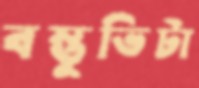
বস্তুভিটা